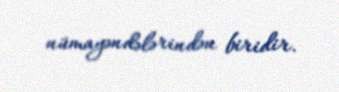
nümayəndələrindən biridir.